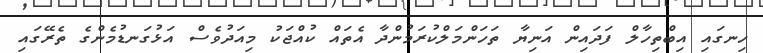
ހިނގައި އިބްތިހާލް ފަދައިން އަނިޔާ ތަހަންމަލްކުރަމުންދާ އެތައް ކުއްޖަކު މިއަދުވެސް އަޅުގަނޑުމެންގެ ތެރޭގައި